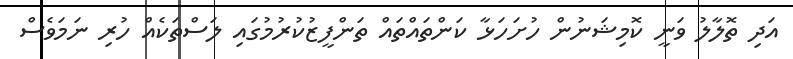
އަދި ތޮލާލު ވަނީ ކޮމިޝަނުން ހުށަހަޅާ ކަންތައްތައް ތަންފީޒުކުރުމުގައި ލަސްތަކެއް ހުރި ނަމަވެސް